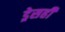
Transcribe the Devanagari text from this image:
ड्रेसही